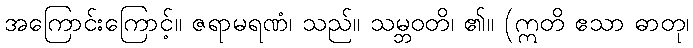
အကြောင်းကြောင့်။ ဇရာမရဏံ၊ သည်။ သမ္ဘဝတိ၊ ၏။ (ဣတိ ဧသာ ဓာတု၊